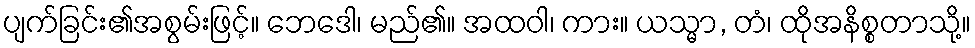
ပျက်ခြင်း၏အစွမ်းဖြင့်။ ဘေဒေါ၊ မည်၏။ အထဝါ၊ ကား။ ယသ္မာ, တံ၊ ထိုအနိစ္စတာသို့။